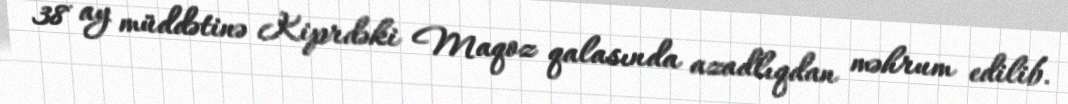
38 ay müddətinə Kiprdəki Maqoz qalasında azadlıqdan məhrum edilib.